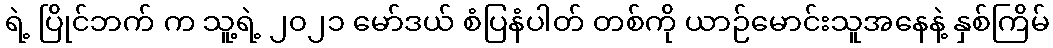
ရဲ့ ပြိုင်ဘက် က သူ့ရဲ့ ၂၀၂၁ မော်ဒယ် စံပြနံပါတ် တစ်ကို ယာဉ်မောင်းသူအနေနဲ့ နှစ်ကြိမ်